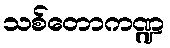
သစ်တောကဏ္ဍ